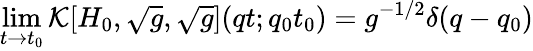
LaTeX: \operatorname*{lim}_{t\rightarrow t_{0}}{\cal K}[H_{0},\sqrt{g},\sqrt{g}](qt;q_{0}t_{0})=g^{-1/2}\delta(q-q_{0})